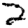
Digit: 2